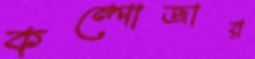
কম্পোজার